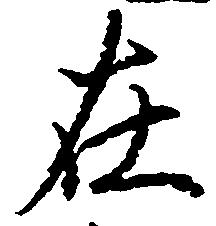
在